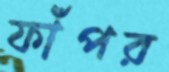
ফাঁপর